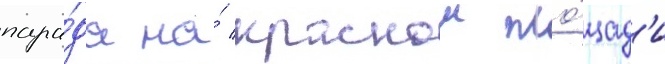
пара́да на́ краснои пло́щад'и